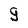
Character: g